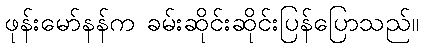
ဖုန်းမော်နန်က ခမ်းဆိုင်းဆိုင်းပြန်ပြောသည်။